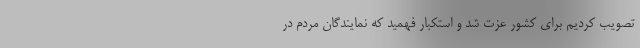
تصویب کردیم برای کشور عزت شد و استکبار فهمید که نمایندگان مردم در